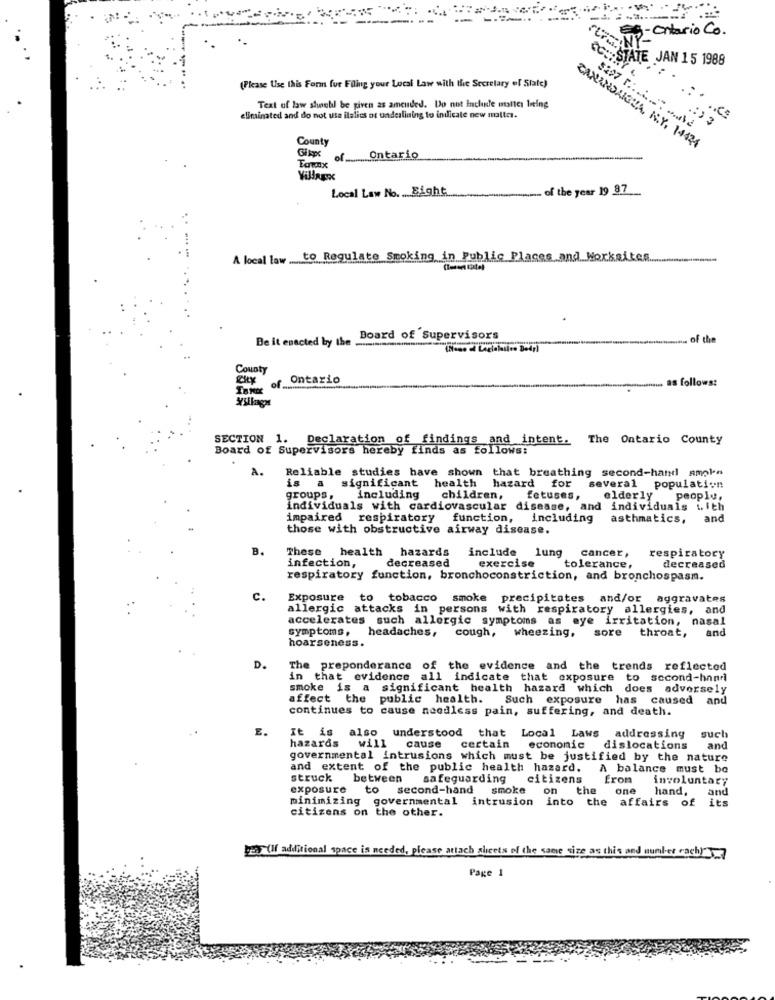
Que - Ontario Co.
12:STATE JAN 15 1988
(Please Use this Form for Filing your Local Law with the Secretary of State)
Text of law should be given as amended. Do not Include money being
.Co
eliminated and do not usa ilalies or underlining to indicate new matter.
:) 3
County
CANANDAIGUA, NY, 14424
of ......... Ontario
Local Law No. ... Eight
of the year 19 87
A local law to Regulate Smoking in Public Places and Worksites
Be it enacted by the .
Board of Supervisors
the
County
2kg
Ontario
Hinaus as follows:
SECTION 1.
Declaration of findings and intent. The Ontario County
Board of Supervisors hereby finds as follows:
A.
Reliable studies have shown
that breathing second-hand smoke
is a significant health hazard for several population
groups,
including
children,
fetuses,
elderly people,
individuals with cardiovascular disease, and individuals i.ith
impaired respiratory function, including
asthmatics,
and
those with obstructive airway disease.
B.
These health hazards include lung
cancer ,
infection,
respiratory
decreased
exercise
tolerance,
decreased
respiratory function, bronchoconstriction, and bronchospasm.
C.
Exposure to tobacco smoke precipitates and/or aggravates
Exposure
o tobacco
allergic attacks in persons with respiratory allergies, and
accelerates such allergic symptoms as eye
irritation, nasal
symptoms, headaches,
wheezing.
sore
and
cough,
throat,
hoarseness.
D.
The preponderance of the evidence and the trends reflected
in that evidence all indicate that exposure to second-hand
smoke is a significant health hazard which does adversely
affect the public health.
Such exposure
has caused and
continues to cause needless pain, suffering, and death.
It is also understood that Local Laws addressing
hazards
will
cause
such
certain
economic
dislocations
and
governmental intrusions which must be justified by the nature
and extent of the public health hazard.
A balance must be
struck
between
safeguarding
citizens
Eron
involuntary
exposure to second-hand smoke
on the
one
hand,
and
minimizing governmental intrusion into the affairs of its
citizens on the other.
(If additional space is needed, please attach sheets of the same size as this and number cach)-7
Page 1